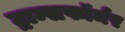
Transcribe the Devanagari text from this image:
ट्राम्सफॉर्मर